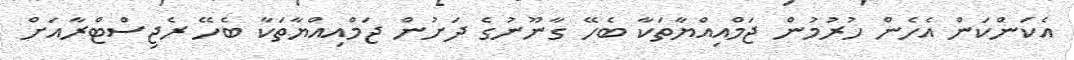
އެކަންކަން އެހެން ހުރުމުން ޖަމްއިއްޔާތަކާ ބެހޭ ގާނޫނުގެ ދަށުން ޖަމްއިއްޔާތަކާ ބެހޭ ރެޖިސްޓްރާއަށް